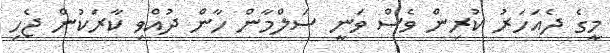
މީގެ ދެއަހަރު ކުރިން ވެސް ވަނީ ސަލްމާން ހާން ދުއްވި ކާރަކުން ޖެހި